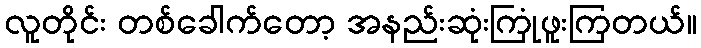
လူတိုင်း တစ်ခေါက်တော့ အနည်းဆုံးကြုံဖူးကြတယ်။